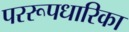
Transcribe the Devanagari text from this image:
पररूपधारिका